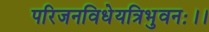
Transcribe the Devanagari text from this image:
परिजनविधेयत्रिभुवनः।।